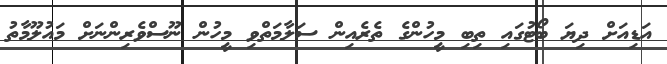
އަޑިއަށް ދިޔަ ބޯޓުގައި ތިބި މީހުންގެ ތެރެއިން ސަލާމަތްވި މީހުން ނޫސްވެރިންނަށް މައުލޫމާތު